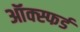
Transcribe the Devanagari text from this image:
ऑक्स्फर्ड